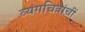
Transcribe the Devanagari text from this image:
व्यंगचित्रांचीं